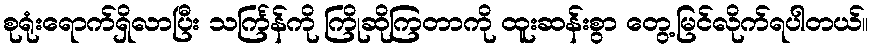
စုရုံးရောက်ရှိလာပြီး သင်္ကြန်ကို ကြိုဆိုကြတာကို ထူးဆန်းစွာ တွေ့မြင်လိုက်ရပါတယ်။